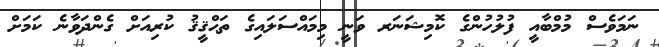
ނަމަވެސް މުމްބާއީ ފުލުހުންގެ ކޮމިޝަނަރ ވަނީ މިމައްސަލައިގެ ތަޙްޤީޤު ކުރިއަށް ގެންދަވާނެ ކަމަށް